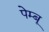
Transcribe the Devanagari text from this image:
पेम्बू